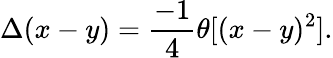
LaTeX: \Delta(x-y)=\frac{-1}{4}\theta[(x-y)^{2}].